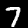
Digit: 7